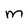
Character: M